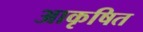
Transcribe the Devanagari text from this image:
आकृषित